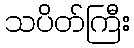
သပိတ်ကြီး